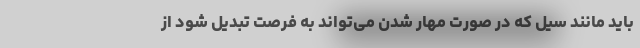
باید مانند سیل که در صورت مهار شدن می‌تواند به فرصت تبدیل شود از